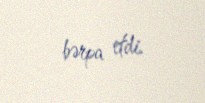
bərpa etdi.